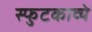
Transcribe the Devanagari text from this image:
स्फुटकाव्ये